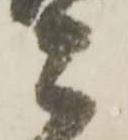
こ